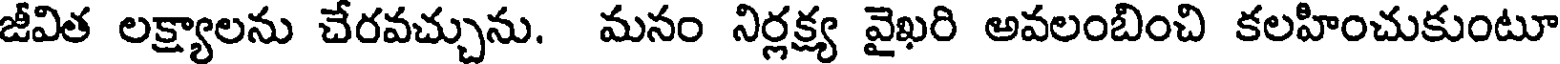
జీవిత లక్ష్యాలను చేరవచ్చును. మనం నిర్లక్ష్య వైఖరి అవలంబించి కలహించుకుంటూ